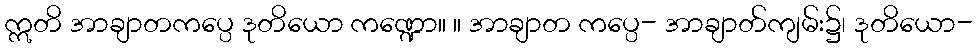
ဣတိ အာချာတကပ္ပေ ဒုတိယော ကဏ္ဍော။ ။ အာချာတ ကပ္ပေ- အာချာတ်ကျမ်း၌၊ ဒုတိယော-